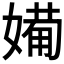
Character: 𱙨